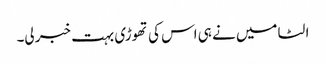
الٹا میں نے ہی اس کی تھوڑی بہت خبر لی۔